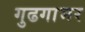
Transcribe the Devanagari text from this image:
गुढगाभर